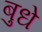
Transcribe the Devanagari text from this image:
बुधे